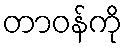
တာဝန်ကို